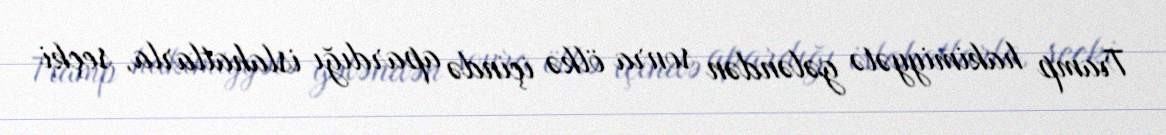
Tramp hakimiyyətə gələndən sonra ölkə içində apardığı islahatlarla, seçki